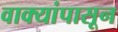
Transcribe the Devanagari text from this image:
वाक्यांपासून